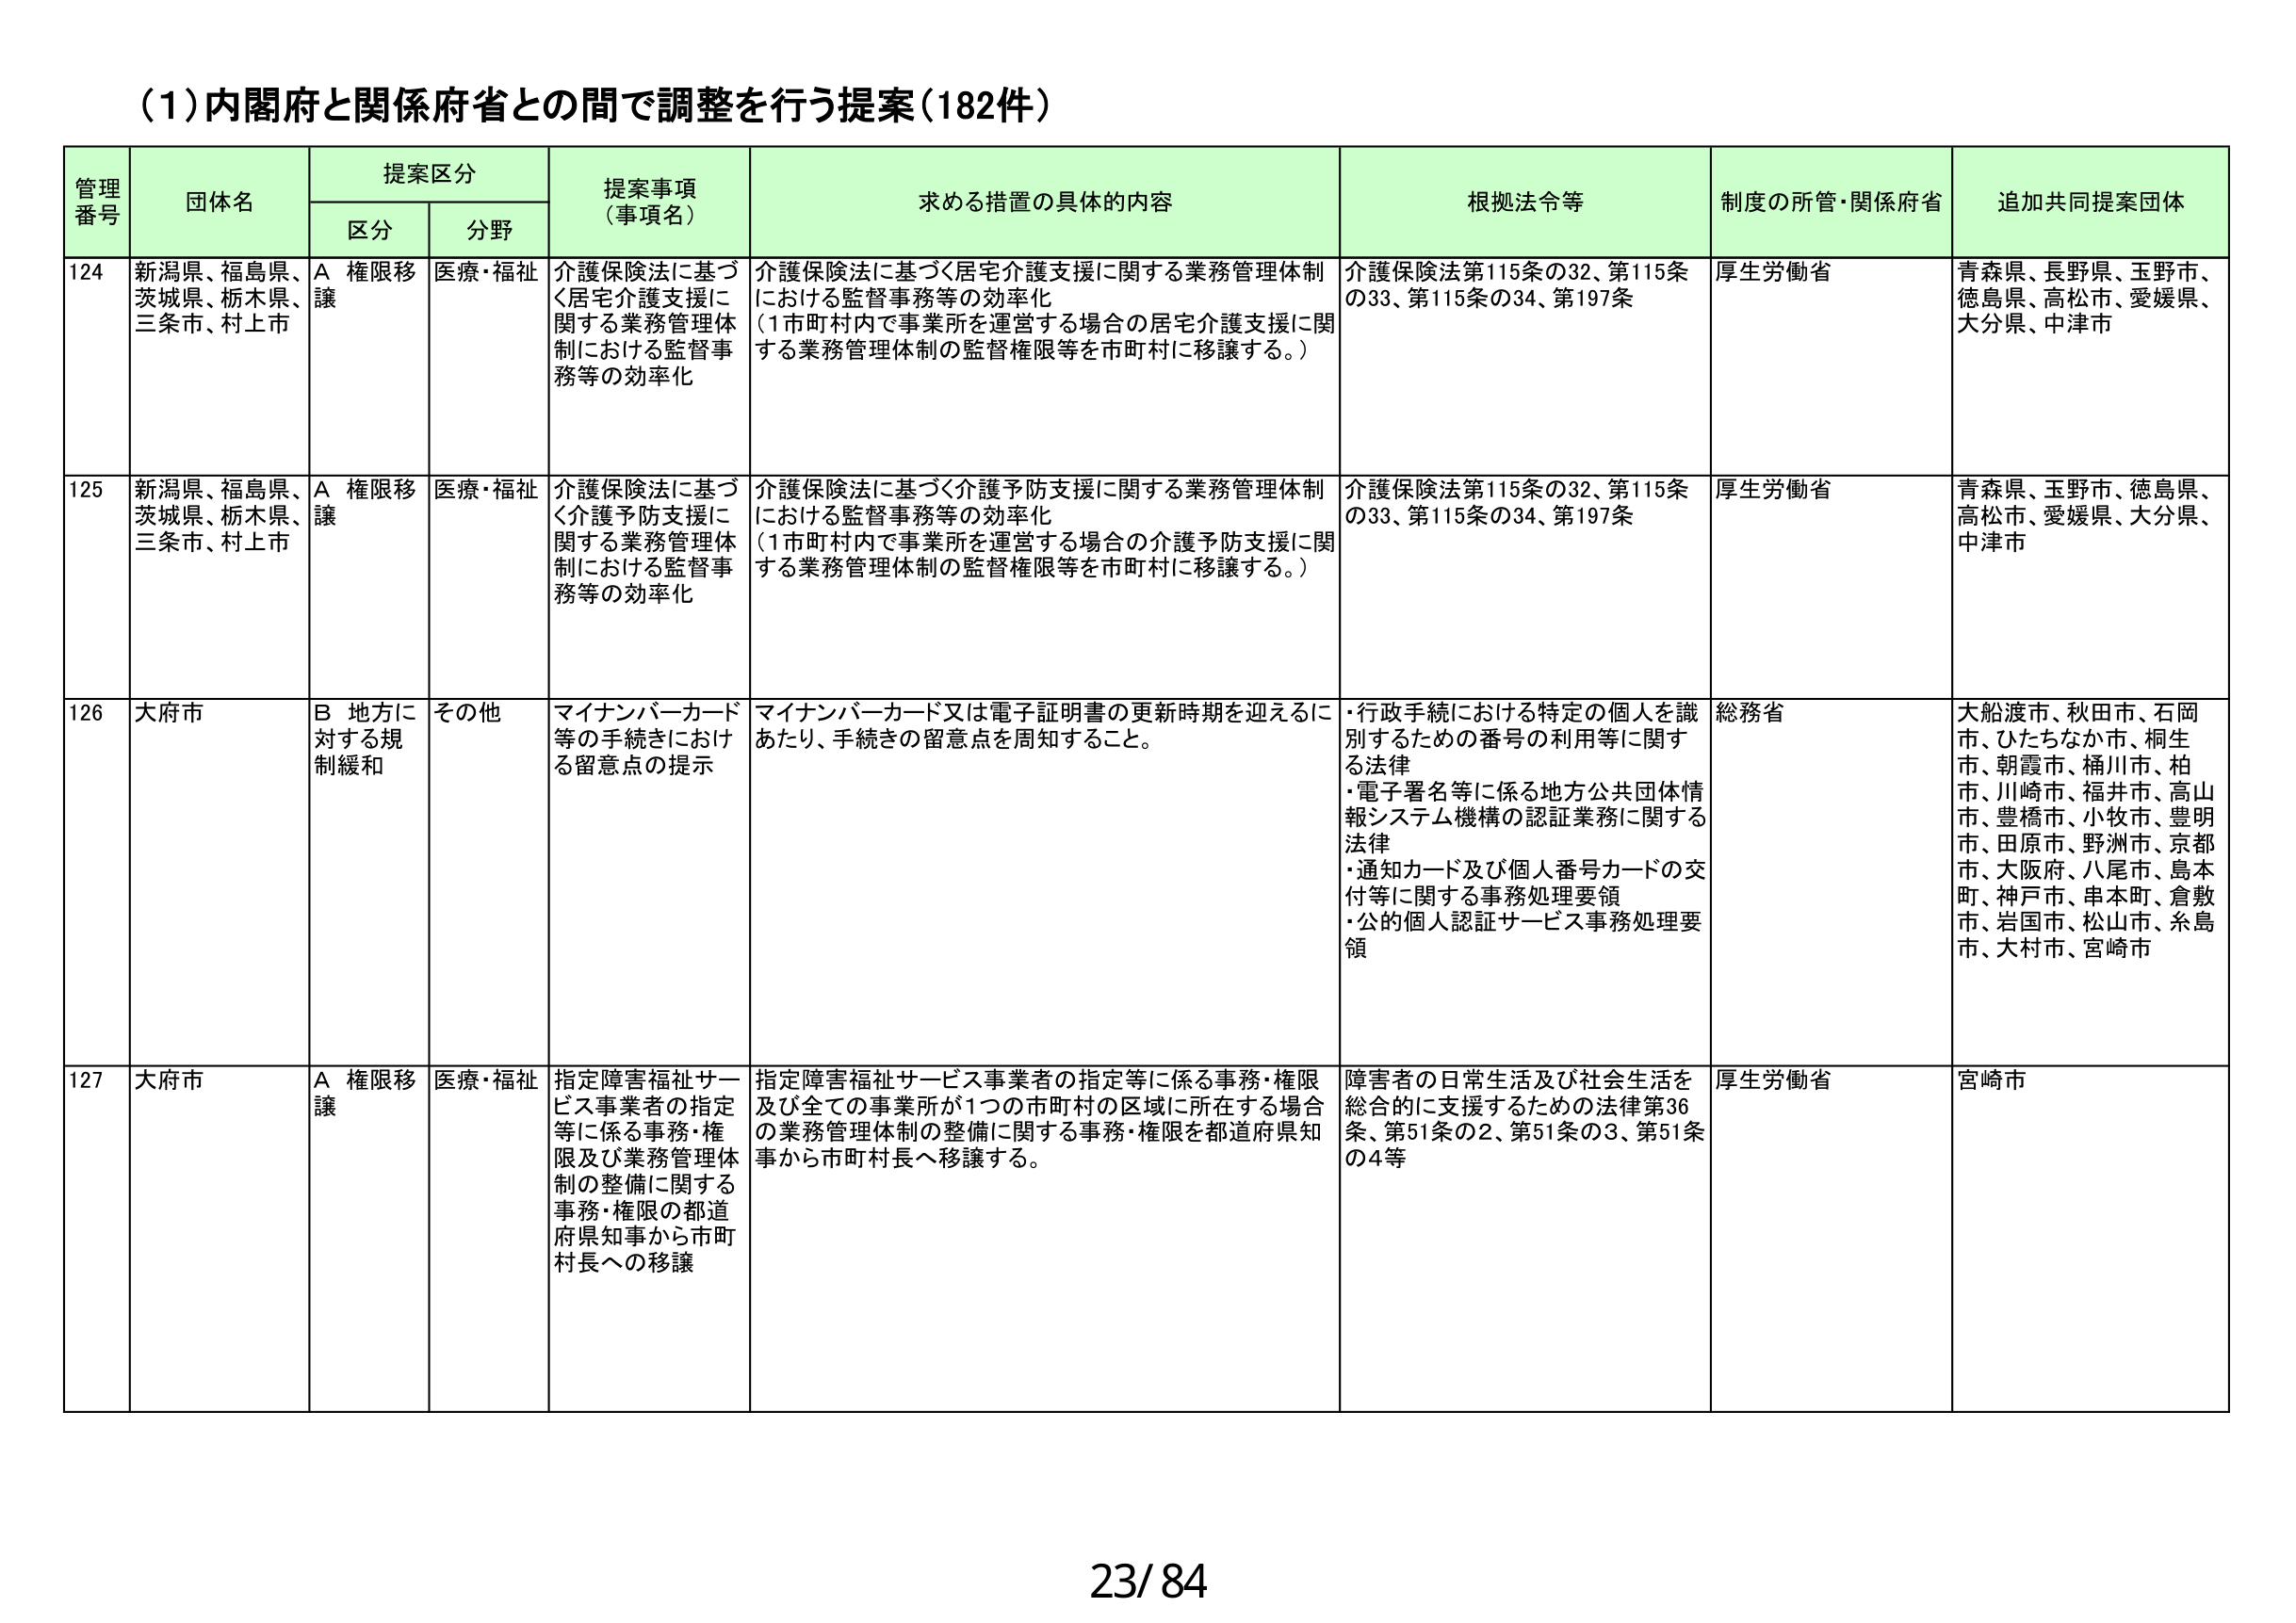
(1)内閣府と関係府省との間で調整を行う提案(182件)

管理番号 団体名 提案区分 提案事項（事項名） 求める措置の具体的内容 根拠法令等 制度の所管・関係府省 追加共同提案団体
区分 分野

124 新潟県、福島県、茨城県、栃木県、三条市、村上市 A 権限移譲 医療・福祉 介護保険法に基づく住宅介護支援に関する業務管理体制における監督事務等の効率化 介護保険法に基づく住宅介護支援に関する業務管理体制における監督事務等の効率化（1市町村内で事業所を運営する場合の住宅介護支援に関する業務管理体制の監督権限等を市町村に移譲する。） 介護保険法第115条の32、第115条の33、第115条の34、第197条 厚生労働省 青森県、長野県、玉野市、徳島県、高松市、愛媛県、大分県、中津市

125 新潟県、福島県、茨城県、栃木県、三条市、村上市 A 権限移譲 医療・福祉 介護保険法に基づく介護予防支援に関する業務管理体制における監督事務等の効率化 介護保険法に基づく介護予防支援に関する業務管理体制における監督事務等の効率化（1市町村内で事業所を運営する場合の介護予防支援に関する業務管理体制の監督権限等を市町村に移譲する。） 介護保険法第115条の32、第115条の33、第115条の34、第197条 厚生労働省 青森県、玉野市、徳島県、高松市、愛媛県、大分県、中津市

126 大府市 B 地方に対する規制緩和 その他 マイナンバーカード等の手続きにおける留意点の提示 マイナンバーカード又は電子証明書の更新時期を迎えるにあたり、手続きの留意点を周知すること。 ・行政手続における特定の個人を識別するための番号の利用等に関する法律 ・電子署名等に係る地方公共団体情報システム機構の認証業務に関する法律 ・通知カード及び個人番号カードの交付等に関する事務処理要領 ・公的個人認証サービス事務処理要領 総務省 大船渡市、秋田市、石岡市、ひたちなか市、桐生市、朝霞市、桶川市、柏市、川崎市、福井市、高山市、豊橋市、小牧市、豊明市、田原市、野洲市、京都市、大阪府、八尾市、島本町、神戸市、串本町、倉敷市、岩国市、松山市、糸島市、大村市、宮崎市

127 大府市 A 権限移譲 医療・福祉 指定障害福祉サービス事業者の指定等に係る事務・権限及び業務管理体制の整備に関する事務・権限の都道府県知事から市町村長への移譲 指定障害福祉サービス事業者の指定等に係る事務・権限及び全ての事業所が1つの市町村の区域に所在する場合の業務管理体制の整備に関する事務・権限を都道府県知事から市町村長へ移譲する。 障害者の日常生活及び社会生活を総合的に支援するための法律第36条、第51条の2、第51条の3、第51条の4等 厚生労働省 宮崎市

23/84